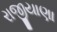
રાજીયાણા